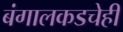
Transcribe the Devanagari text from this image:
बंगालकडचेही